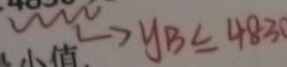
\rightarrow Y B \leq 4 8 3 0